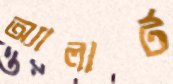
অ্যালার্ট